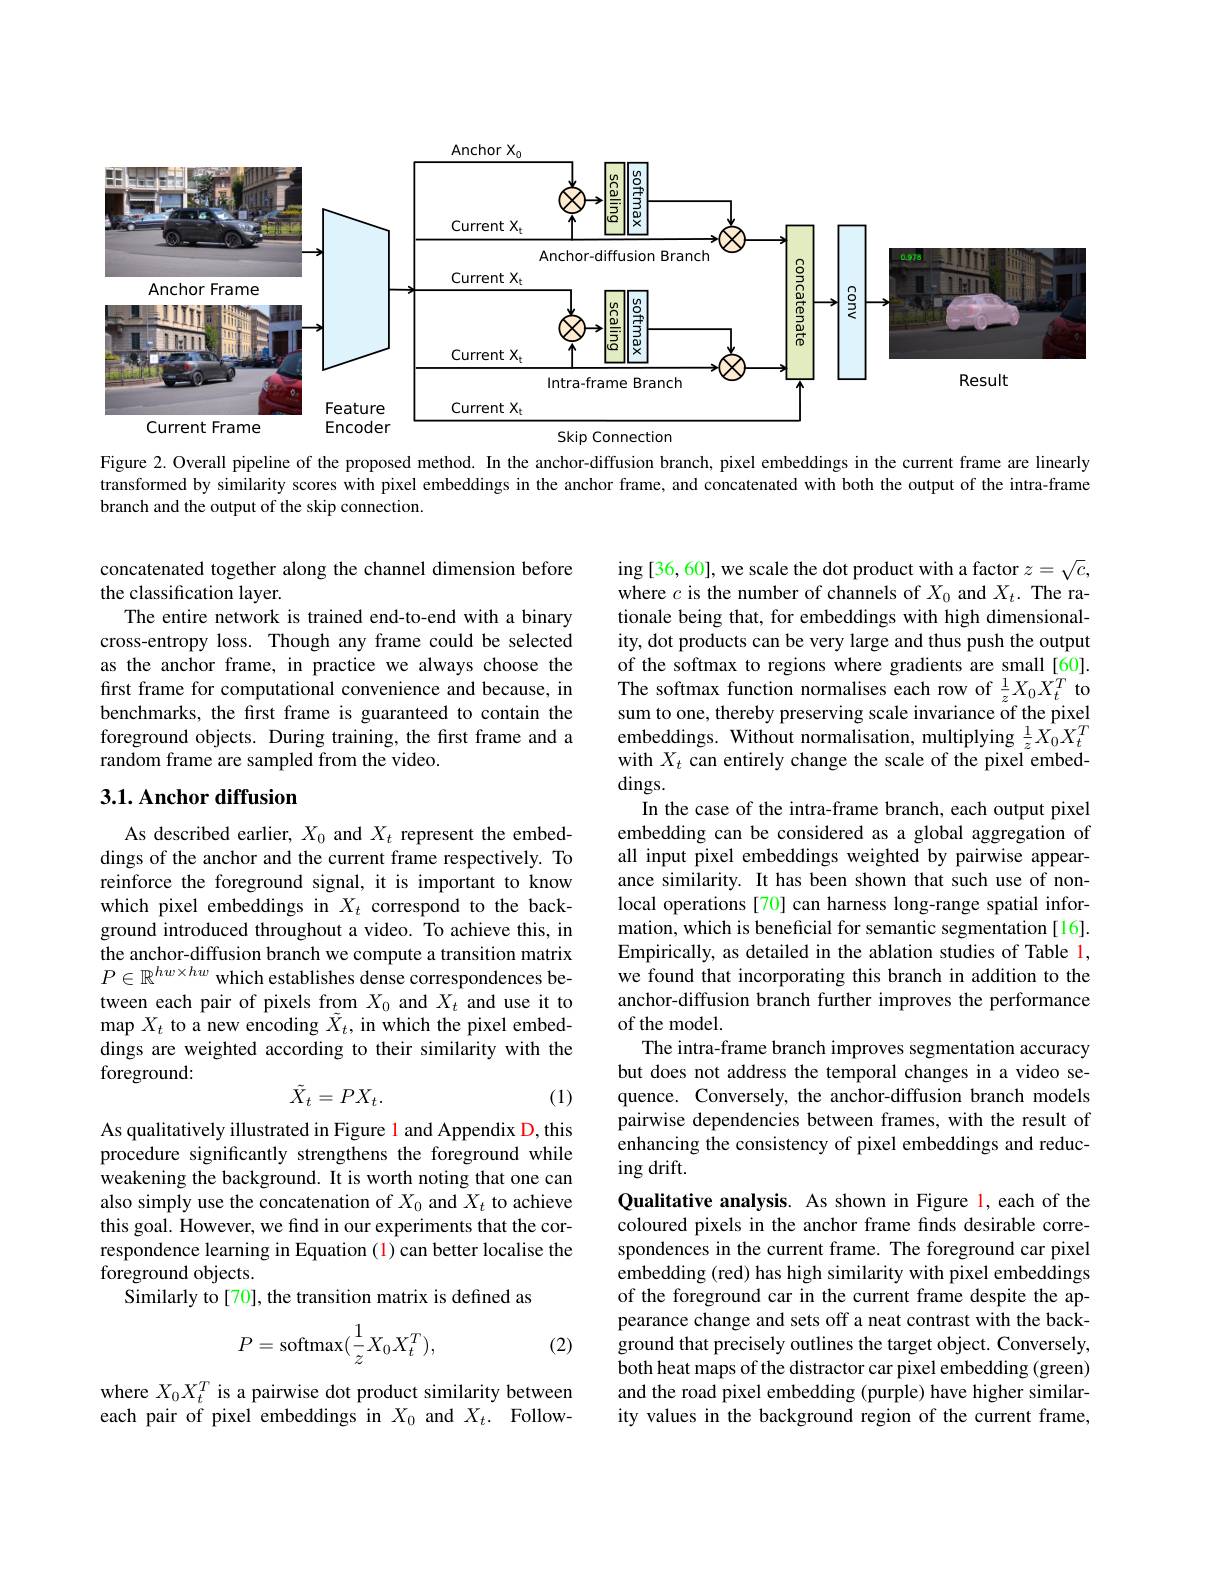
<FigureHere>
Skip Connection

Figure 2. Overall pipeline of the proposed method. In the anchor-diffusion branch, pixel embeddings in the current frame are linearly transformed by similarity scores with pixel embeddings in the anchor frame, and concatenated with both the output of the intra-frame branch and the output of the skip connection.

concatenated together along the channel dimension before
the classification layer.
The entire network is trained end-to-end with a binary cross-entropy loss. Though any frame could be selected as the anchor frame, in practice we always choose the first frame for computational convenience and because, in benchmarks, the first frame is guaranteed to contain the foreground objects. During training, the first frame and a random frame are sampled from the video.

## 3.1. Anchor diffusion

As described earlier, $X_0$ and $X_t$ represent the embeddings of the anchor and the current frame respectively. To reinforce the foreground signal, it is important to know which pixel embeddings in $X_t$ correspond to the background introduced throughout a video. To achieve this, in the anchor-diffusion branch we compute a transition matrix $P\in\mathbb{R}^{hw\times hw}$ which establishes dense correspondences between each pair of pixels from $X_0$ and $X_t$ and use it to $\operatorname*{map}X_{t}$ to a new encoding $\tilde{X}_{t}$, in which the pixel embeddings are weighted according to their similarity with the foreground:
$$\tilde{X}_t=PX_t.$$
ing [36, 60], we scale the dot product with a factor $z=\sqrt{c}$, where $c$ is the number of channels of $X_0$ and $X_t.$ The rationale being that, for embeddings with high dimensionality, dot products can be very large and thus push the output of the softmax to regions where gradients are small [60]. The softmax function normalises each row of $\frac1zX_0X_t^T$ to sum to one, thereby preserving scale invariance of the pixel embeddings. Without normalisation, multiplying $\frac1zX_0X_t^T$ with $X_t$ can entirely change the scale of the pixel embed- $\dim$gs.
In the case of the intra-frame branch, each output pixel embedding can be considered as a global aggregation of all input pixel embeddings weighted by pairwise appearance similarity. It has been shown that such use of nonlocal operations [70] can harness long-range spatial information, which is beneficial for semantic segmentation[16]. Empirically, as detailed in the ablation studies of Table l, we found that incorporating this branch in addition to the anchor-diffusion branch further improves the performance of the model.
The intra-frame branch improves segmentation accuracy but does not address the temporal changes in a video sequence. Conversely, the anchor-diffusion branch models pairwise dependencies between frames, with the result of enhancing the consistency of pixel embeddings and reducing drift.
Qualitative analysis. As shown in Figure l, each of the coloured pixels in the anchor frame finds desirable correspondences in the current frame. The foreground car pixel embedding (red) has high similarity with pixel embeddings of the foreground car in the current frame despite the appearance change and sets off a neat contrast with the background that precisely outlines the target object. Conversely, both heat maps of the distractor car pixel embedding (green) and the road pixel embedding (purple) have higher similarity values in the background region of the current frame,

(1)

As qualitatively illustrated in Figure 1 and Appendix D, this procedure significantly strengthens the foreground while weakening the background. It is worth noting that one can also simply use the concatenation of $X_0$ and $X_t$ to achieve this goal. However, we find in our experiments that the correspondence learning in Equation (1) can better localise the foreground objects.
Similarly to[70], the transition matrix is defined as
$$P=\mathrm{softmax}(\frac{1}{z}X_{0}X_{t}^{T}),$$
(2)

where $X_0X_t^T$ is a pairwise dot product similarity between each pair of pixel embeddings in $X_0$ and $X_t.$ Follow-